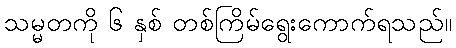
သမ္မတကို ၆ နှစ် တစ်ကြိမ်ရွေးကောက်ရသည်။